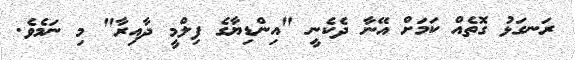
ރަނގަޅު ގޮތެއް ކަމަށް އޭނާ ދެކެނީ "އިންޑިޔާގެ ފިލްމީ ދާއިރާ" މި ނަމެވެ.